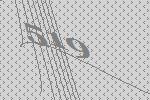
519